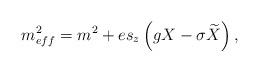
LaTeX: \begin{align*}m_{eff}^2=m^2+es_z\left( gX-\sigma \widetilde{X}\right),\end{align*}